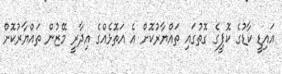
އައިޑީ ކާޑުގެ ކޮޕީގެ ގޮތުގައި ތައްޔާރުކޮށް އެ އަތޮޅެއްގެ އިދާރީ މޭޒުން ތައްޔާރުކޮށް